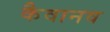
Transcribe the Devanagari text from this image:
कैवानव